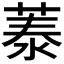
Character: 𦴼